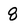
Character: 8